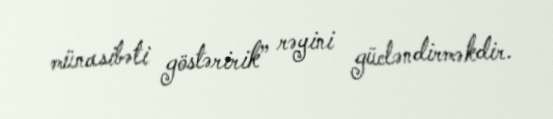
münasibəti göstəririk” rəyini gücləndirməkdir.